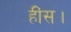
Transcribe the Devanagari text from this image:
हींस।